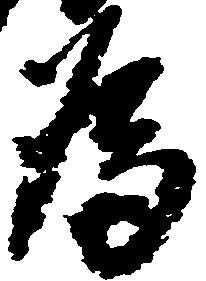
為